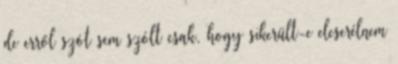
de erről szót sem szólt csak, hogy sikerült-e elcserélnem